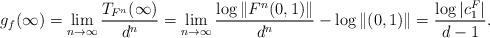
LaTeX: \begin{gather*} g_f(\infty)=\lim_{n\to\infty}\frac{T_{F^n}(\infty)}{d^n} =\lim_{n\to\infty}\frac{\log\|F^n(0,1)\|}{d^n}-\log\|(0,1)\| =\frac{\log|c^F_1|}{d-1}.\end{gather*}